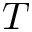
T